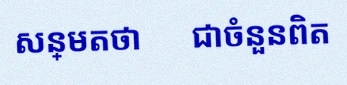
សន្មតថា x ជាចំនួនពិត